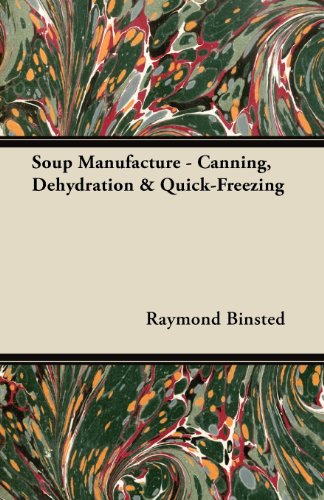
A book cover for Soup Manufacture - Canning, Dehydration & Quick-Freezing; Raymond Binsted; Cookbooks, Food & Wine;